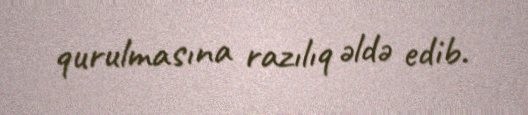
qurulmasına razılıq əldə edib.